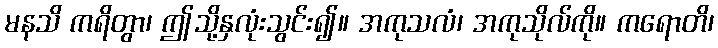
မနသိ ကရိတွာ၊ ဤသို့နှလုံးသွင်း၍။ အကုသလံ၊ အကုသိုလ်ကို။ ကရောတိ၊